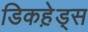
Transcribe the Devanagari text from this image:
डिकहे़ड्स